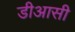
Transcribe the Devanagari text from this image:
डीआसी